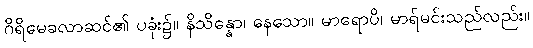
ဂိရိမေခလာဆင်၏ ပခုံး၌။ နိသိန္နော၊ နေသော။ မာရောပိ၊ မာရ်မင်းသည်လည်း။